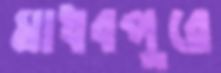
মাধবপুরে